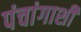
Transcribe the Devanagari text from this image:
पंचांगाशी